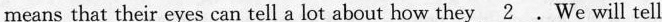
means that their eyes can tell a lot about how they \underline{2}. We will tell